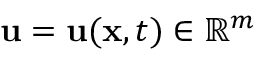
\mathbf { u } = \mathbf { u } ( \mathbf { x } , t ) \in \mathbb R ^ { m }